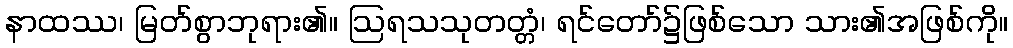
နာထဿ၊ မြတ်စွာဘုရား၏။ ဩရသသုတတ္တံ၊ ရင်တော်၌ဖြစ်သော သား၏အဖြစ်ကို။